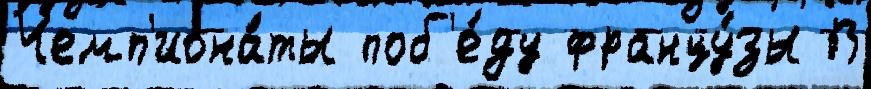
Чемп'иона́ты поб'е́ду францу́зы В